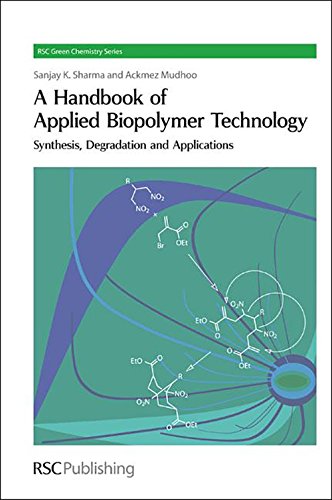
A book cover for A Handbook of Applied Biopolymer Technology: Synthesis, Degradation and Applications (RSC Green Chemistry); Science & Math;